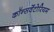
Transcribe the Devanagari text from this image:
कॉन्सर्वेटोरियम